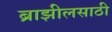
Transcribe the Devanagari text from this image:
ब्राझीलसाठी